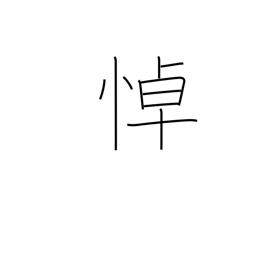
Meaning: grieve over